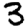
Digit: 3